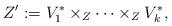
LaTeX: \begin{align*}Z':=V^*_1\times_Z \cdots \times_Z V^*_k,\end{align*}